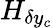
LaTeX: H_{\delta y_{c}}